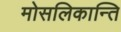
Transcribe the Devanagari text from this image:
मोसलिकान्ति